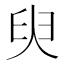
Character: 臾